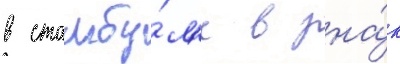
в стамбу́л'е в зна́к